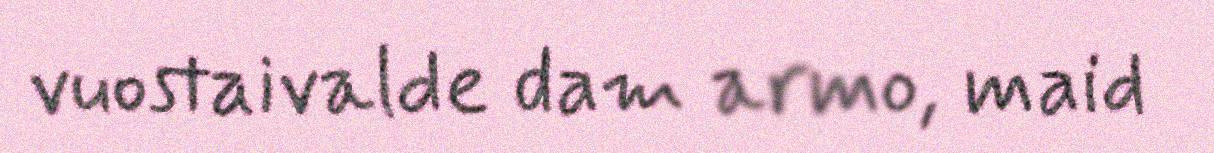
vuostaivalde dam armo, maid